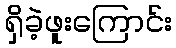
ရှိခဲ့ဖူးကြောင်း